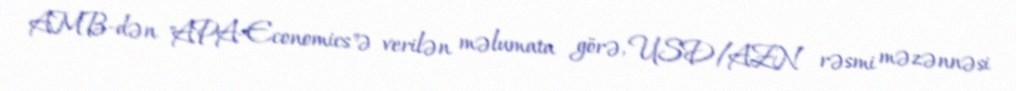
AMB-dən "APA-Economics"ə verilən məlumata görə, USD/AZN rəsmi məzənnəsi